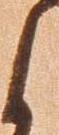
候